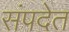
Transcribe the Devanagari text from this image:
संपदेत